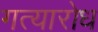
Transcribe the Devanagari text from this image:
गत्यारोध